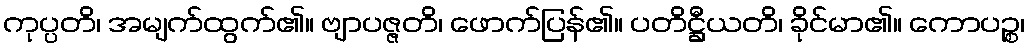
ကုပ္ပတိ၊ အမျက်ထွက်၏။ ဗျာပဇ္ဇတိ၊ ဖောက်ပြန်၏။ ပတိဋ္ဌီယတိ၊ ခိုင်မာ၏။ ကောပဉ္စ၊